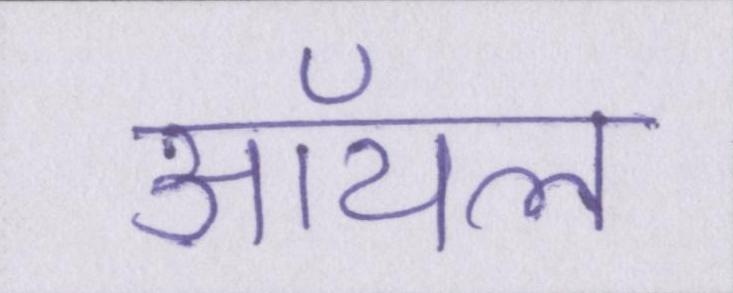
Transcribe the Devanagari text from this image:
ऑयल